Annual administration report of the Civil Veterinary Department of India - 1894-1895
Year: 1894
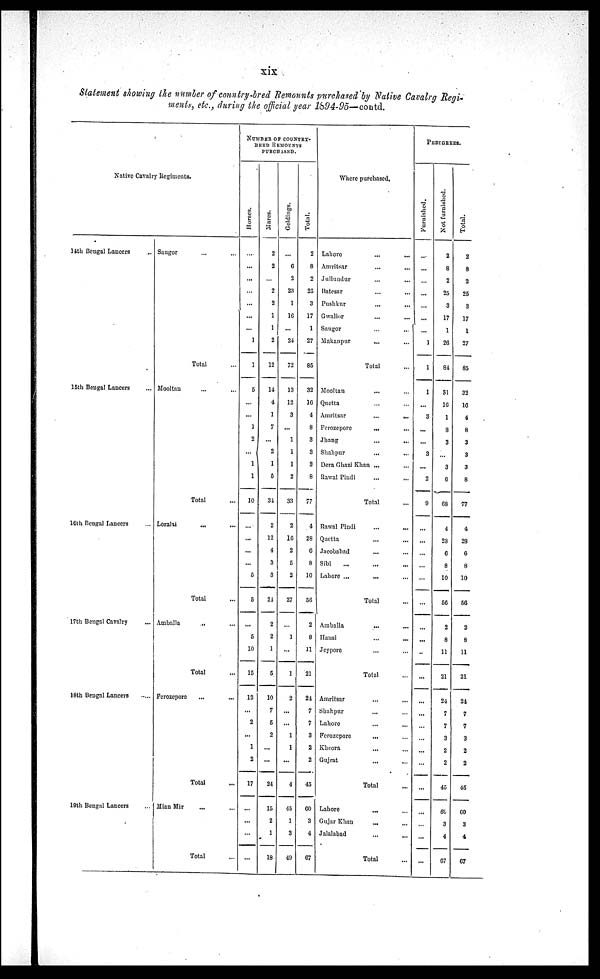
xix
Statement showing the number of country-bred Remounts purchased by Native Cavalrg Regi-
ments, etc., during the official year 1894-95—contd.
Native Cavalry Regiments.
14th Bengal Lancers ...
15th Bengal Lancers ...
16th Bengal Lancers ...
17th Bengal Cavalry ...
18th Bengal Lancers .. ...
19th Bengal Lancers ...
Saugor ... ...
Total ...
Mooltan ... ...
Total ...
Loralai ... ...
Total ...
Amballa .. ...
Total ...
Ferozepore ... ...
Total ...
Mian Mir ... ...
Total ...
NUMBER OF COUNTRY¬
BRED REMOUNTS
PURCHASED.
Hor s es .
...
...
...
...
...
...
...
1
1
5
...
...
1
2
...
1
1
10
...
...
...
...
5
5
...
5
10
15
12
...
2
...
1
2
17
...
...
...
...
Mar es .
2
2
...
2
2
1
1
2
12
14
4
1
7
...
2
1
5
34
2
12
4
3
3
24
2
2
1
5
10
7
5
2
...
...
24
15
2
1
18
Gel di ngs .
...
6
2
23
1
16
...
24
72
13
12
3
...
1
1
1
2
33
2
16
2
5
2
27
...
1
...
1
2
...
...
1
1
...
4
45
1
3
49
Tot al .
2
8
2
25
3
17
1
27
85
32
16
4
8
3
3
3
8
77
4
28
6
8
10
56
2
8
11
21
24
7
7
3
2
2
45
60
3
4
67
Where purchased.
Lahore... ...
Amritsar ... ...
Jullundur ... ...
Batesar ... ...
Pushkur...
...
Gwalior...
...
Sangor ... ...
Makanpur... ...
Total...
Mooltan
...
...
Quetta ... ...
Amritsar
...
...
Ferozepore
...
...
Jhang
...
...
Shahpur... ...
Dera Ghazi Khan ... ...
Rawal Pindi... ...
Total ...
Rawal Pindi ... ...
Quetta ... ...
Jacobabad ... ...
Sibi
...
... ...
Lahore ... ... ...
Total ...
Amballa... ...
Hansi ... ...
Jeypore ... ...
Total ...
Amritsar
...
...
Shahpur... ...
Lahore ... ...
Ferozepore... ...
Kheora ... ...
Gujrat... ...
Total...
Lahore ... ...
Gujar Khan...
...
Jalalabad
...
...
Total ...
PEDIGREES.
Fur ni s he d.
...
...
...
...
...
...
...
1
1
1
...
3
...
...
3
...
2
9
...
...
...
...
...
...
...
...
...
...
...
...
...
...
...
...
...
...
...
...
...
Not furnished.
2
8
2
25
3
17
1
26
84
31
16
1
8
3
...
3
6
68
4
23
6
8
10
56
2
8
11
21
24
7
7
3
2
2
45
60
3
4
67
Tot al .
2
8
2
25
3
17
1
27
85
32
16
4
8
3
3
3
8
77
4
28
6
8
10
56
2
8
11
21
24
7
7
3
2
2
45
60
3
4
67